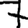
Digit: 7